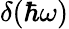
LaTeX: \delta(\hbar\omega)